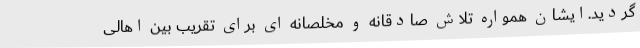
گردید.ایشان همواره تلاش صادقانه و مخلصانه ای برای تقریب بین اهالی